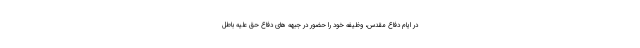
در ایام دفاع مقدس، وظیفه خود را حضور در جبهه های دفاع حق علیه باطل